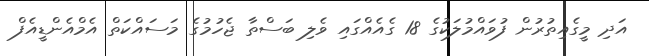
އަދި މީގެއިތުރުން ފުވައްމުލަކުގެ 18 ގެއެއްގައި ވެލި ބަސްތާ ޖެހުމުގެ މަސައްކަތް އެމްއެންޑީއެފް